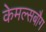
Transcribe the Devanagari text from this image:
केमल्सबौग